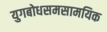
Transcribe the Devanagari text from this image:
युगबोधसमसामयिक